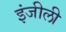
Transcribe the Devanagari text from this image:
इंजीली